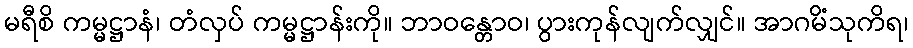
မရီစိ ကမ္မဋ္ဌာနံ၊ တံလှပ် ကမ္မဋ္ဌာန်းကို။ ဘာဝန္တောဝ၊ ပွားကုန်လျက်လျှင်။ အာဂမိံသုကိရ၊